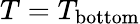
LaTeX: T=T_{\mathrm{bottom}}